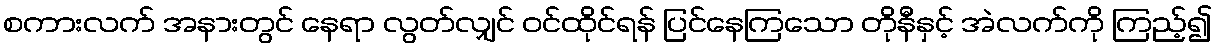
စကားလက် အနားတွင် နေရာ လွတ်လျှင် ဝင်ထိုင်ရန် ပြင်နေကြသော တိုနီနှင့် အဲလက်ကို ကြည့်၍